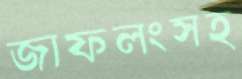
জাফলংসহ